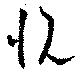
悅